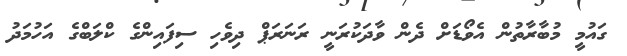
ގައުމީ މުބާރާތުން އެވޯޑަށް ދެން ވާދަކުރަނީ ރަނަރަޕް ދިވެހި ސިފައިންގެ ކްލަބްގެ އަހުމަދު